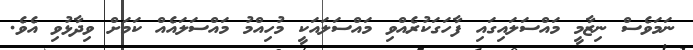
ނަމަވެސް ނިޒާމީ މައްސަލައިގައި ފާހަގަކުރެއްވި މައްސަލައަކީ މުހިއްމު މައްސަލައެއް ކަމަށް ވިދާޅުވި އެވެ.